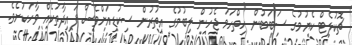
ޗޮކުލެޓް ކެޔުމުގެ ސަބަބުން ހިތްހަމަ ޖެހުން ލިބުމުގެ އިތުރުން ސިކުޑިއަށްވެސް ފައިދާތަކެއް ވާހަކަށެވެ.